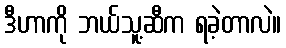
ဒီဟာကို ဘယ်သူ့ဆီက ရခဲ့တာလဲ။